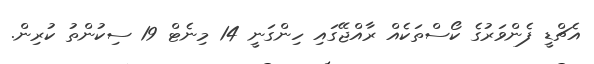
އެޗްޑީ ފެންވަރުގެ ކޯސްތަކެއް ރާއްޖޭގައި ހިންގަނީ 14 މިނެޓް 19 ސިކުންތު ކުރިން.